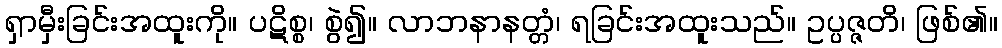
ရှာမှီးခြင်းအထူးကို။ ပဋိစ္စ၊ စွဲ၍။ လာဘနာနတ္တံ၊ ရခြင်းအထူးသည်။ ဥပ္ပဇ္ဇတိ၊ ဖြစ်၏။